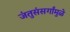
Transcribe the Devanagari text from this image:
जंतुसंसर्गांमुळे